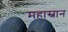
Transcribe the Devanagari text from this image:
महास्नान